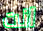
انت